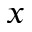
x